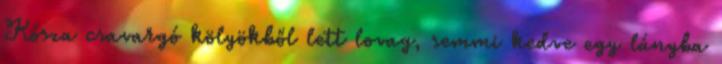
Kósza csavargó kölyökből lett lovag, semmi kedve egy lányba